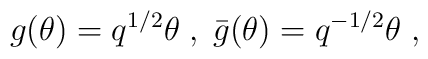
g(\theta )=q^{1/2}\theta \;,\;\bar{g}(\theta )=q^{-1/2}\theta  \;,